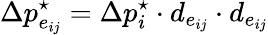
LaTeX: \Delta p_{e_{ij}}^{\star}=\Delta p_{i}^{\star}\cdot d_{e_{ij}}\cdot d_{e_{ij}}